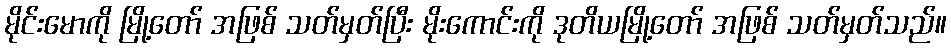
မိုင်းမောကို မြို့တော် အဖြစ် သတ်မှတ်ပြီး မိုးကောင်းကို ဒုတိယမြို့တော် အဖြစ် သတ်မှတ်သည်။